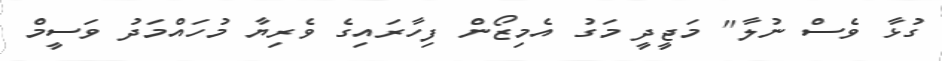
ގުޅާ ވެސް ނުލާ" މަޖީދީ މަގު އެމިޒޯން ފިހާރައިގެ ވެރިޔާ މުހައްމަދު ވަސީމް